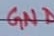
Text: GND